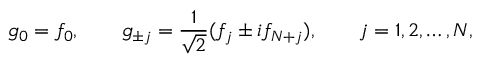
g _ { 0 } = f _ { 0 } , \qquad g _ { \pm j } = \frac { 1 } { \sqrt { 2 } } ( f _ { j } \pm i f _ { N + j } ) , \qquad j = 1 , 2 , \ldots , N ,